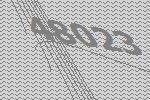
48023